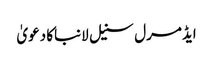
ایڈمرل سنیل لانباکا دعویٰ